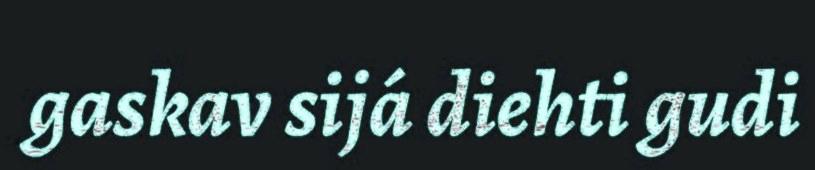
gaskav sijá diehti gudi